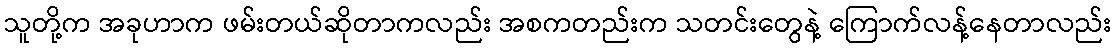
သူတို့က အခုဟာက ဖမ်းတယ်ဆိုတာကလည်း အစကတည်းက သတင်းတွေနဲ့ ကြောက်လန့်နေတာလည်း